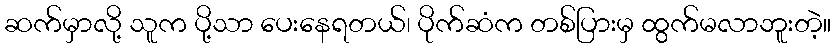
ဆက်မှာလို့ သူက ပို့သာ ပေးနေရတယ်၊ ပိုက်ဆံက တစ်ပြားမှ ထွက်မလာဘူးတဲ့။